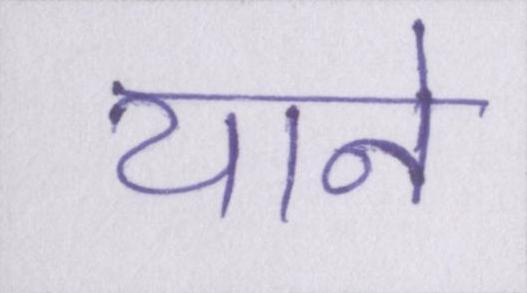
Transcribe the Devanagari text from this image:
याने